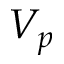
V _ { p }